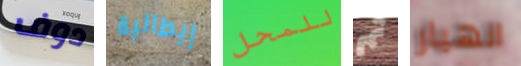
دوف إيطالية للمحل ثم انهيار